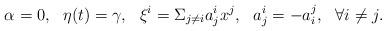
LaTeX: \begin{align*} \alpha=0, \ \ \eta(t)=\gamma, \ \ \xi^i=\Sigma_{j\not=i}a^i_jx^j, \ \ a^i_j=-a^j_i, \ \ \forall i\not=j. \end{align*}